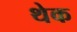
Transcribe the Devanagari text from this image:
थेक